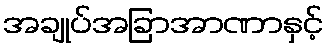
အချုပ်အခြာအာဏာနှင့်